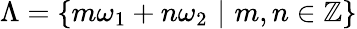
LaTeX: \Lambda=\{ m\omega_{1}+n\omega_{2}\, \, |\, \, m,n\in\mathbb{Z}\}